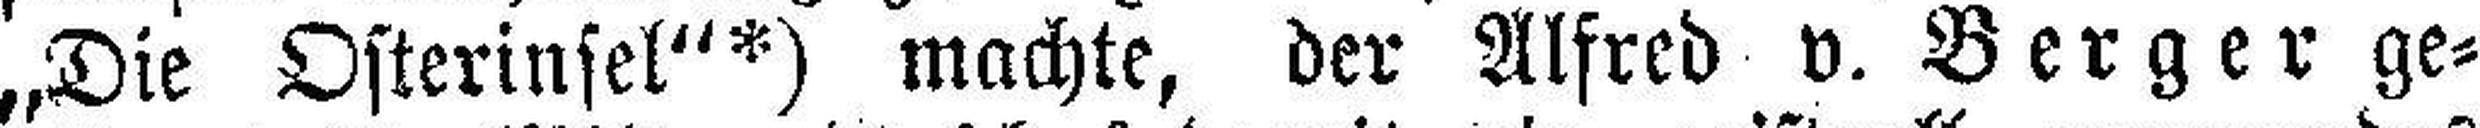
„Die Osterinsel"*) machte, der Alfred v. Berger ge¬